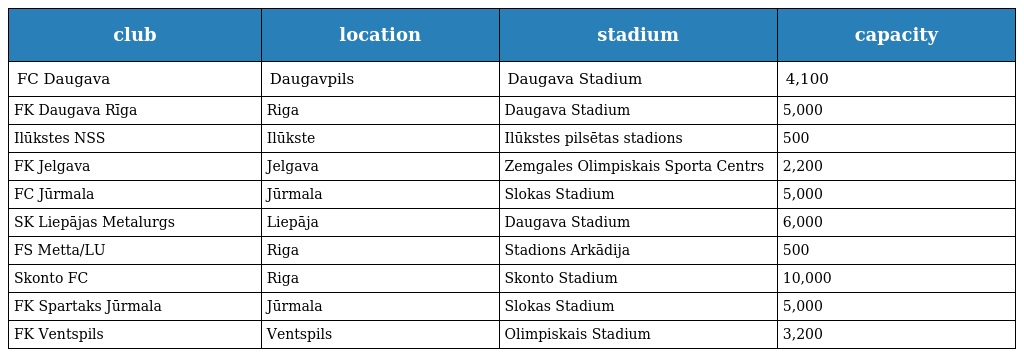
| club | location | stadium | capacity |
 | --- | --- | --- | --- |
 | FC Daugava | Daugavpils | Daugava Stadium | 4,100 |
 | FK Daugava Rīga | Riga | Daugava Stadium | 5,000 |
 | Ilūkstes NSS | Ilūkste | Ilūkstes pilsētas stadions | 500 |
 | FK Jelgava | Jelgava | Zemgales Olimpiskais Sporta Centrs | 2,200 |
 | FC Jūrmala | Jūrmala | Slokas Stadium | 5,000 |
 | SK Liepājas Metalurgs | Liepāja | Daugava Stadium | 6,000 |
 | FS Metta/LU | Riga | Stadions Arkādija | 500 |
 | Skonto FC | Riga | Skonto Stadium | 10,000 |
 | FK Spartaks Jūrmala | Jūrmala | Slokas Stadium | 5,000 |
 | FK Ventspils | Ventspils | Olimpiskais Stadium | 3,200 |